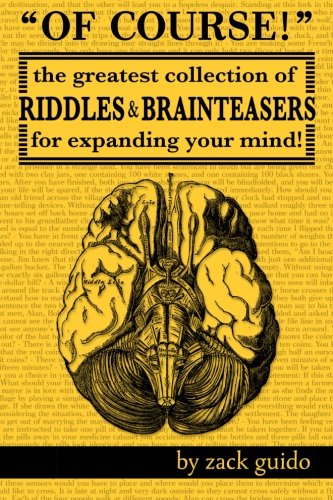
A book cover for Of Course!: The Greatest Collection of Riddles & Brain Teasers For Expanding Your Mind; Zack Guido; Humor & Entertainment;